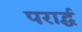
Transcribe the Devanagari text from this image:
परार्द्ध